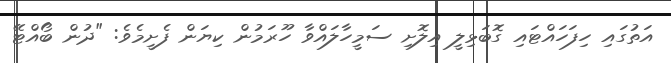
އަތުގައި ހިފަހައްޓައި ގޮބަޅިލީ އިލޮށި ސަމީހާލައްވާ ހޫރަމުން ކިޔަން ފެށީމެވެ: "ދުން ބޯއްޓޭ